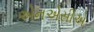
એનએસીએ